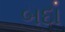
બદા